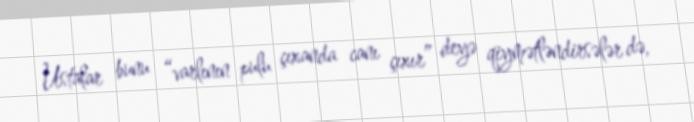
Ustalar bunu “varlının pulu çıxanda canı çıxır” deyə qiymətləndirsələr də,